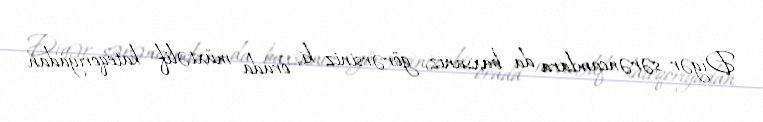
Digər sərəncamlara da baxsanız, görərsiniz ki, orada müxtəlif kateqoriyadan